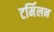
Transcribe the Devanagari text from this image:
टर्मिलन